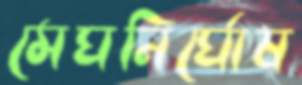
মেঘনির্ঘোষ